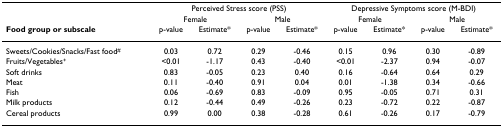
|  | <COLSPAN=4> Perceived Stress score (PSS) | <COLSPAN=4> Depressive Symptoms score (M-BDI) |
 |  | <COLSPAN=2> Female | <COLSPAN=2> Male | <COLSPAN=2> Female | <COLSPAN=2> Male |
 | Food group or subscale | p-value | Estimate* | p-value | Estimate* | p-value | Estimate* | p-value | Estimate* |
 | --- | --- | --- | --- | --- | --- | --- | --- | --- |
 | Sweets/Cookies/Snacks/Fast food# | 0.03 | 0.72 | 0.29 | -0.46 | 0.15 | 0.96 | 0.30 | -0.89 |
 | Fruits/Vegetables+ | <0.01 | -1.17 | 0.43 | -0.40 | <0.01 | -2.37 | 0.94 | -0.07 |
 | Soft drinks | 0.83 | -0.05 | 0.23 | 0.40 | 0.16 | -0.64 | 0.64 | 0.29 |
 | Meat | 0.11 | -0.40 | 0.91 | 0.04 | 0.01 | -1.38 | 0.34 | -0.66 |
 | Fish | 0.06 | -0.69 | 0.83 | -0.09 | 0.95 | -0.05 | 0.71 | 0.31 |
 | Milk products | 0.12 | -0.44 | 0.49 | -0.26 | 0.23 | -0.72 | 0.22 | -0.87 |
 | Cereal products | 0.99 | 0.00 | 0.38 | -0.28 | 0.61 | -0.26 | 0.17 | -0.79 |